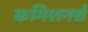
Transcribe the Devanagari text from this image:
कमिशनर्स